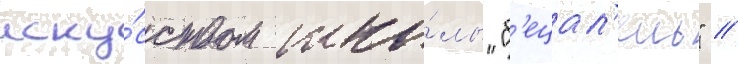
иску́сством шко́лы "б'ецал'ель" //